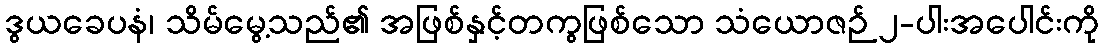
ဒွယခေပနံ၊ သိမ်မွေ့သည်၏ အဖြစ်နှင့်တကွဖြစ်သော သံယောဇဉ် ၂-ပါးအပေါင်းကို